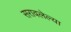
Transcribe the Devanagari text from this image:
सरावलेल्या